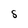
Character: S